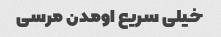
خیلی سریع اومدن مرسی